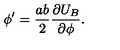
\phi ^ { \prime } = \frac { a b } { 2 } \frac { \partial U _ { B } } { \partial \phi } .